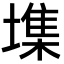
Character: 㙫